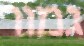
גמור